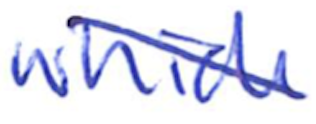
Text: which
Cross-out: diagonal
Writing tool: ballpoint